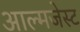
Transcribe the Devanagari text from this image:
आल्मजेस्ट